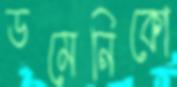
ডমেনিকো